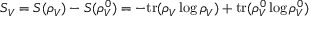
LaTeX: S _ { V } = S ( \rho _ { V } ) - S ( \rho _ { V } ^ { 0 } ) = - \mathrm { t r } ( \rho _ { V } \log \rho _ { V } ) + \mathrm { t r } ( \rho _ { V } ^ { 0 } \log \rho _ { V } ^ { 0 } )